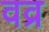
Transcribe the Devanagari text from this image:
वव्र